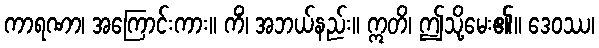
ကာရဏာ၊ အကြောင်းကား။ ကိံ၊ အဘယ်နည်း။ ဣတိ၊ ဤသို့မေး၏။ ဒေဝဿ၊